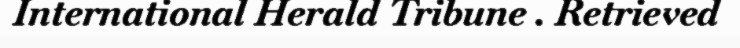
International Herald Tribune . Retrieved